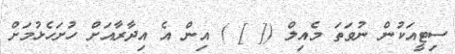
ސިޓީއަކުން ނުވަތަ މެއިލް ([ ] ) އިން އެ އިދާރާއަށް ހުށަހެޅުމަށް